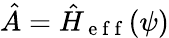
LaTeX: \hat{A}=\hat{H}_{\mathrm{~e~f~f~}}(\psi)